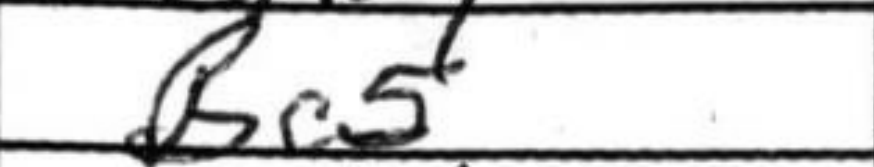
Transcription: Bc5